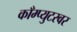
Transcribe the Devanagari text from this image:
काँम्प्युटरवर